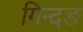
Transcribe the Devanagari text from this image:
गिन्दङ